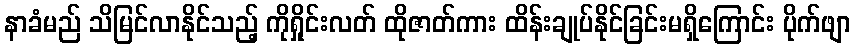
နာခံမည် သိမြင်လာနိုင်သည့် ကိုရှိုင်းလတ် ထိုဇာတ်ကား ထိန်းချုပ်နိုင်ခြင်းမရှိကြောင်း ပိုက်ဖျာ